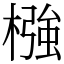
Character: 𣚦